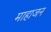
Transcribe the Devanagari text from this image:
माहाजन